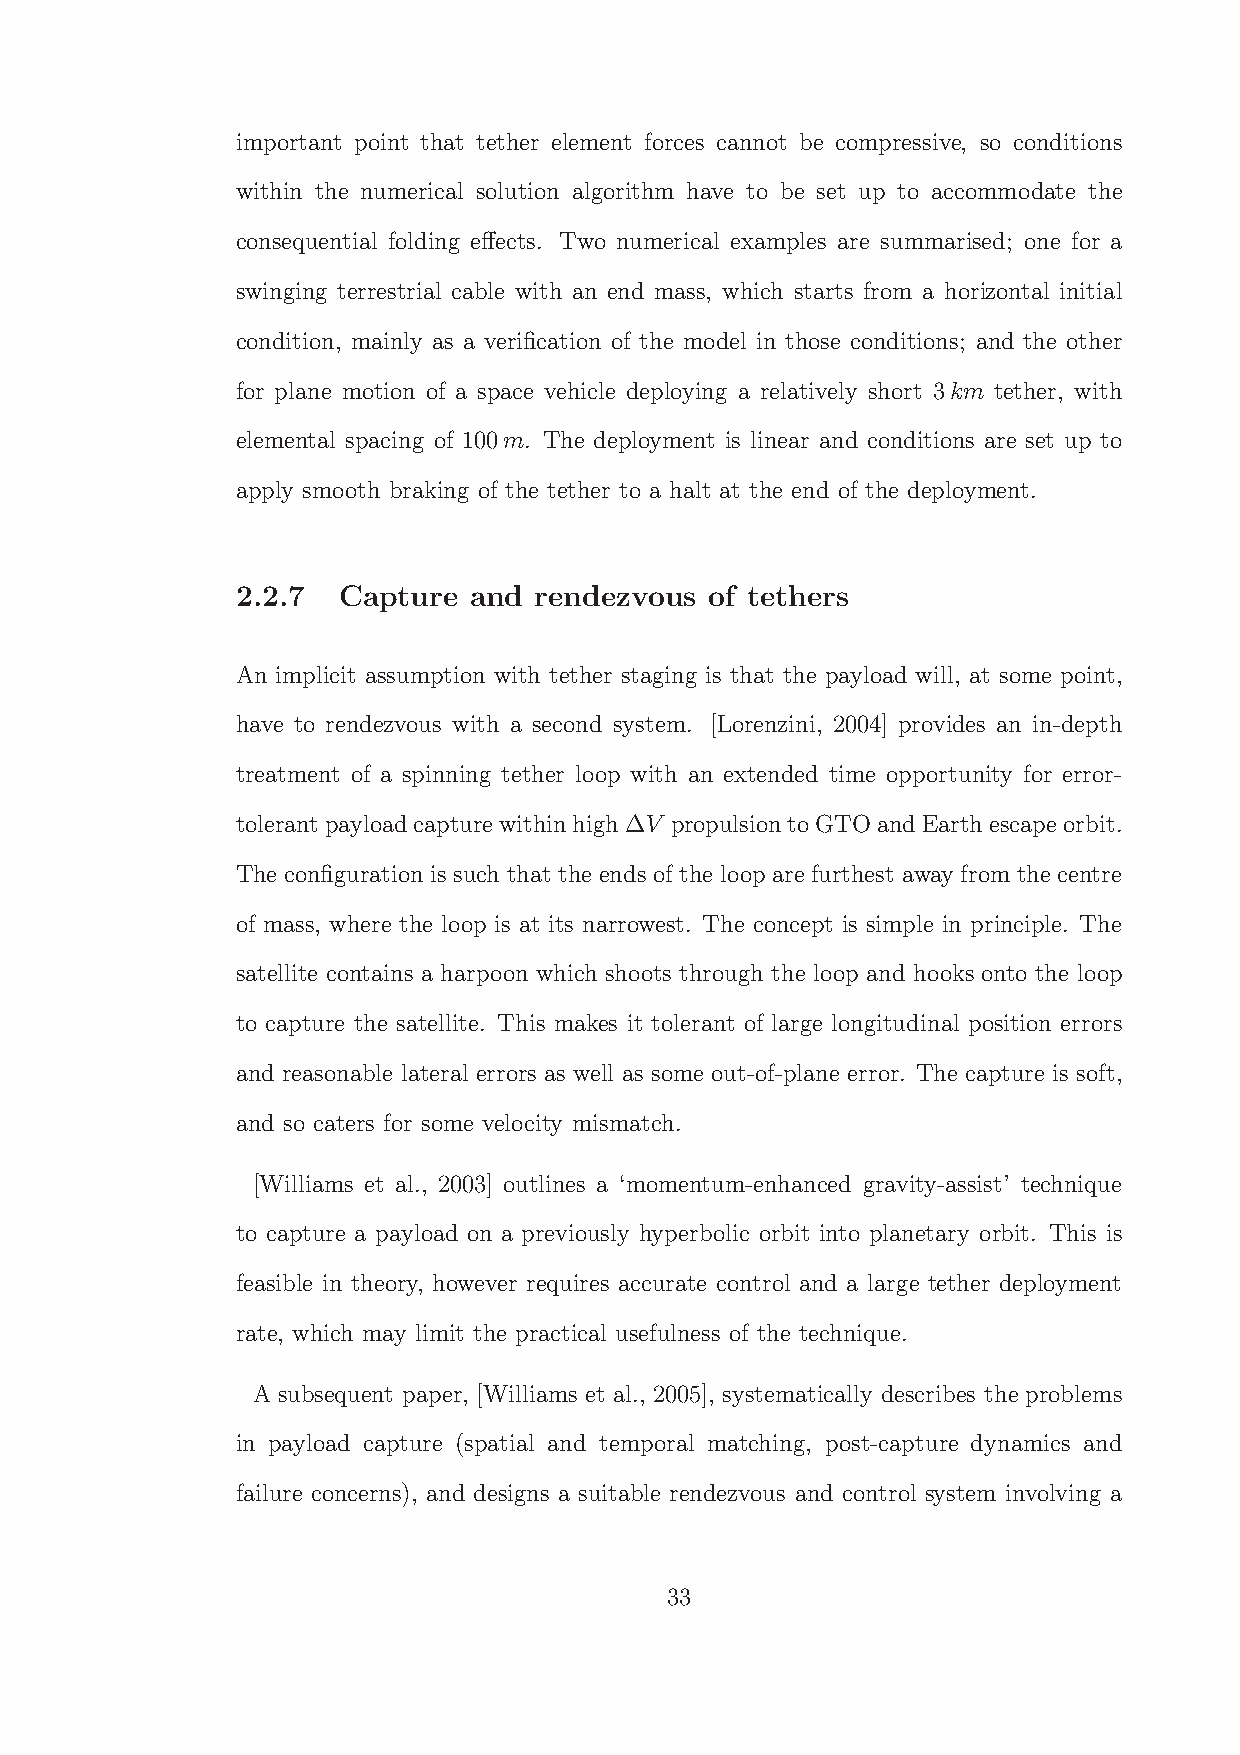
important point that tether element forces cannot be compressive, so conditions
 within the numerical solution algorithm have to be set up to accommodate the
 consequential folding effects. Two numerical examples are summarised; one for a
 swinging terrestrial cable with an end mass, which starts from a horizontal initial
 condition, mainly as a verification of the model in those conditions; and the other
 for plane motion of a space vehicle deploying a relatively short 3km tether, with
 elemental spacing of 100m. The deployment is linear and conditions are set up to
 apply smooth braking of the tether to a halt at the end of the deployment.
 2.2.7 Capture  and rendezvous  of tethers
 An implicit assumption with tether staging is that the payload will, at some point,
 have to rendezvous with a second system. [Lorenzini, 2004] provides an in-depth
 treatment of a spinning tether loop with an extended time opportunity for error-
 tolerantpayloadcapturewithinhigh∆V propulsiontoGTOandEarthescapeorbit.
 The configuration is such that the ends of the loop are furthest away from the centre
 of mass, where the loop is at its narrowest. The concept is simple in principle. The
 satellite contains a harpoon which shoots through the loop and hooks onto the loop
 to capture the satellite. This makes it tolerant of large longitudinal position errors
 and reasonable lateral errors as well as some out-of-plane error. The capture is soft,
 and so caters for some velocity mismatch.
 [Williams et al., 2003] outlines a ‘momentum-enhanced gravity-assist’ technique
 to capture a payload on a previously hyperbolic orbit into planetary orbit. This is
 feasible in theory, however requires accurate control and a large tether deployment
 rate, which may limit the practical usefulness of the technique.
 A subsequent paper, [Williams et al., 2005], systematically describes the problems
 in payload capture (spatial and temporal matching, post-capture dynamics and
 failure concerns), and designs a suitable rendezvous and control system involving a
 33